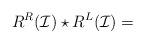
LaTeX: \begin{align*}R^R(\mathcal{I})\star R^L(\mathcal{I})=\end{align*}